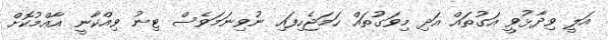
އަލީ ވިދާޅުވީ އަގުތައް އަދި މިވަގުތައް ހަމަޖެހިފައި ނުވިނަމަވެސް ޓިނު ވިއްކާނީ އާއްމުކޮށް